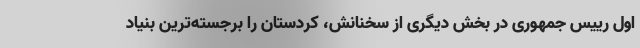
اول رییس جمهوری در بخش دیگری از سخنانش، کردستان را برجسته‌ترین بنیاد